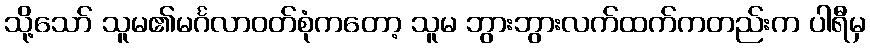
သို့သော် သူမ၏မင်္ဂလာဝတ်စုံကတော့ သူမ ဘွားဘွားလက်ထက်ကတည်းက ပါရီမှ